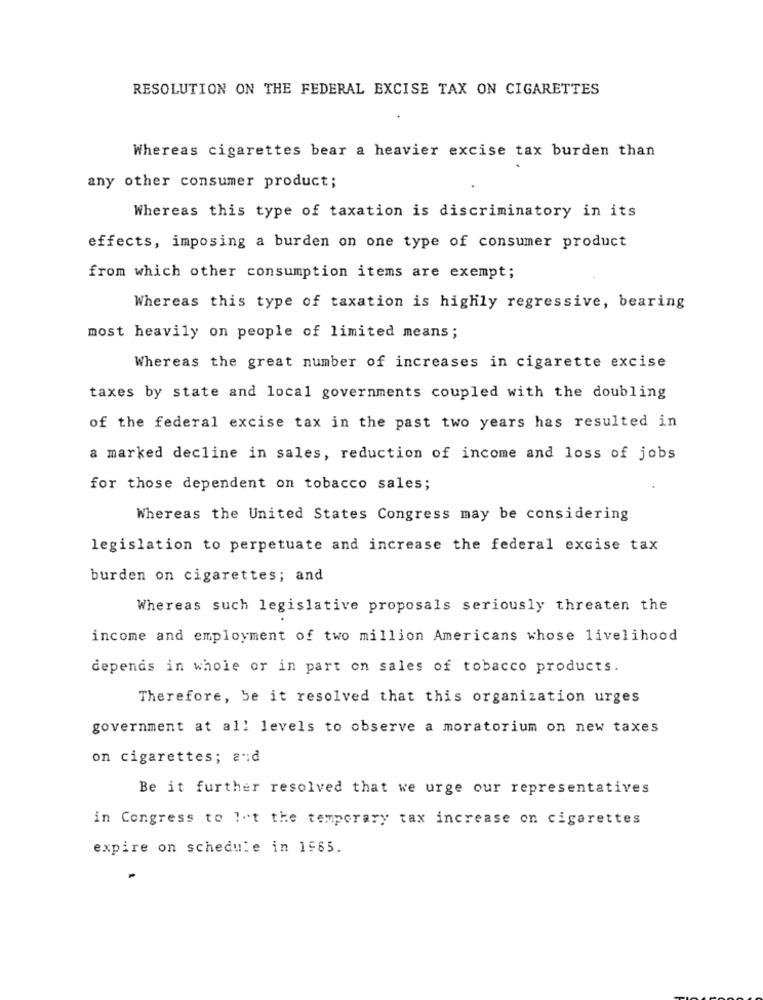
RESOLUTION ON THE FEDERAL EXCISE TAX ON CIGARETTES
Whereas cigarettes bear a heavier excise tax burden than
any other consumer product;
Whereas this type of taxation is discriminatory in its
effects, imposing a burden on one type of consumer product
from which other consumption items are exempt;
Whereas this type of taxation is highly regressive, bearing
most heavily on people of limited means;
Whereas the great number of increases in cigarette excise
taxes by state and local governments coupled with the doubling
of the federal excise tax in the past two years has resulted in
a marked decline in sales, reduction of income and loss of jobs
for those dependent on tobacco sales;
Whereas the United States Congress may be considering
legislation to perpetuate and increase the federal excise tax
burden on cigarettes; and
Whereas such legislative proposals seriously threaten the
income and employment of two million Americans whose livelihood
depends in whole or in part on sales of tobacco products.
Therefore, be it resolved that this organization urges
government at all levels to observe a moratorium on new taxes
on cigarettes; and
Be it further resolved that we urge our representatives
in Congress to !"t the temporary tax increase on cigarettes
expire on schedule in 1985.